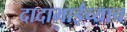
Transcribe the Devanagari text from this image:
दादाभाईंच्याच